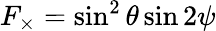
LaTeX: F_{\times}=\sin^{2}{\theta}\sin{2\psi}